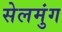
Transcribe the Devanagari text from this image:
सेलमुंग